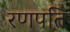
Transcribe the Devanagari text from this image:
रणपति